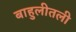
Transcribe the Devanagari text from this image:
बाहुलीतली